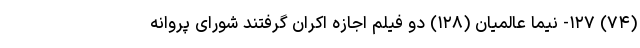
(۷۴) ۱۲۷- نیما عالمیان (۱۲۸) دو فیلم اجازه اکران گرفتند شورای پروانه